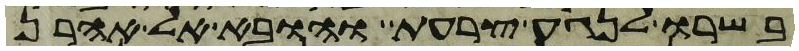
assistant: בשרו לנגע צרעת והובא אל אהרן